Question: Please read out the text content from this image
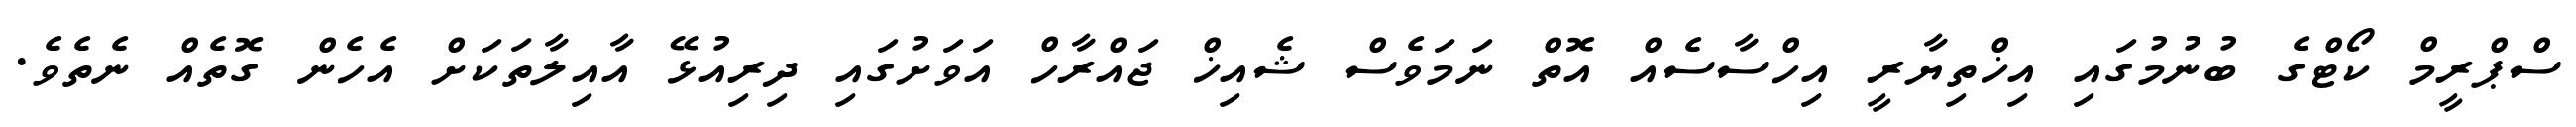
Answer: ސްޕްރީމް ކޯޓްގެ ބުނުމުގައި އިޚްތިޔާރީ އިހްސާސެއް އޮތް ނަމަވެސް ޝެއިޚް ޖައްރާހް އަވަށުގައި ދިރިއުޅޭ އާއިލާތަކަށް އެހެން ގޮތެއް ނެތެވެ.